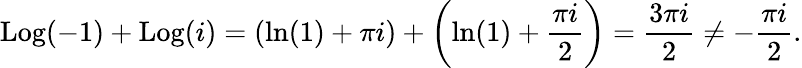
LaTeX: \operatorname{Log}(-1)+\operatorname{Log}(i)=\left(\ln(1)+\pi i\right)+\left(\ln(1)+{\frac{\pi i}{2}}\right)={\frac{3\pi i}{2}}\neq-{\frac{\pi i}{2}}.